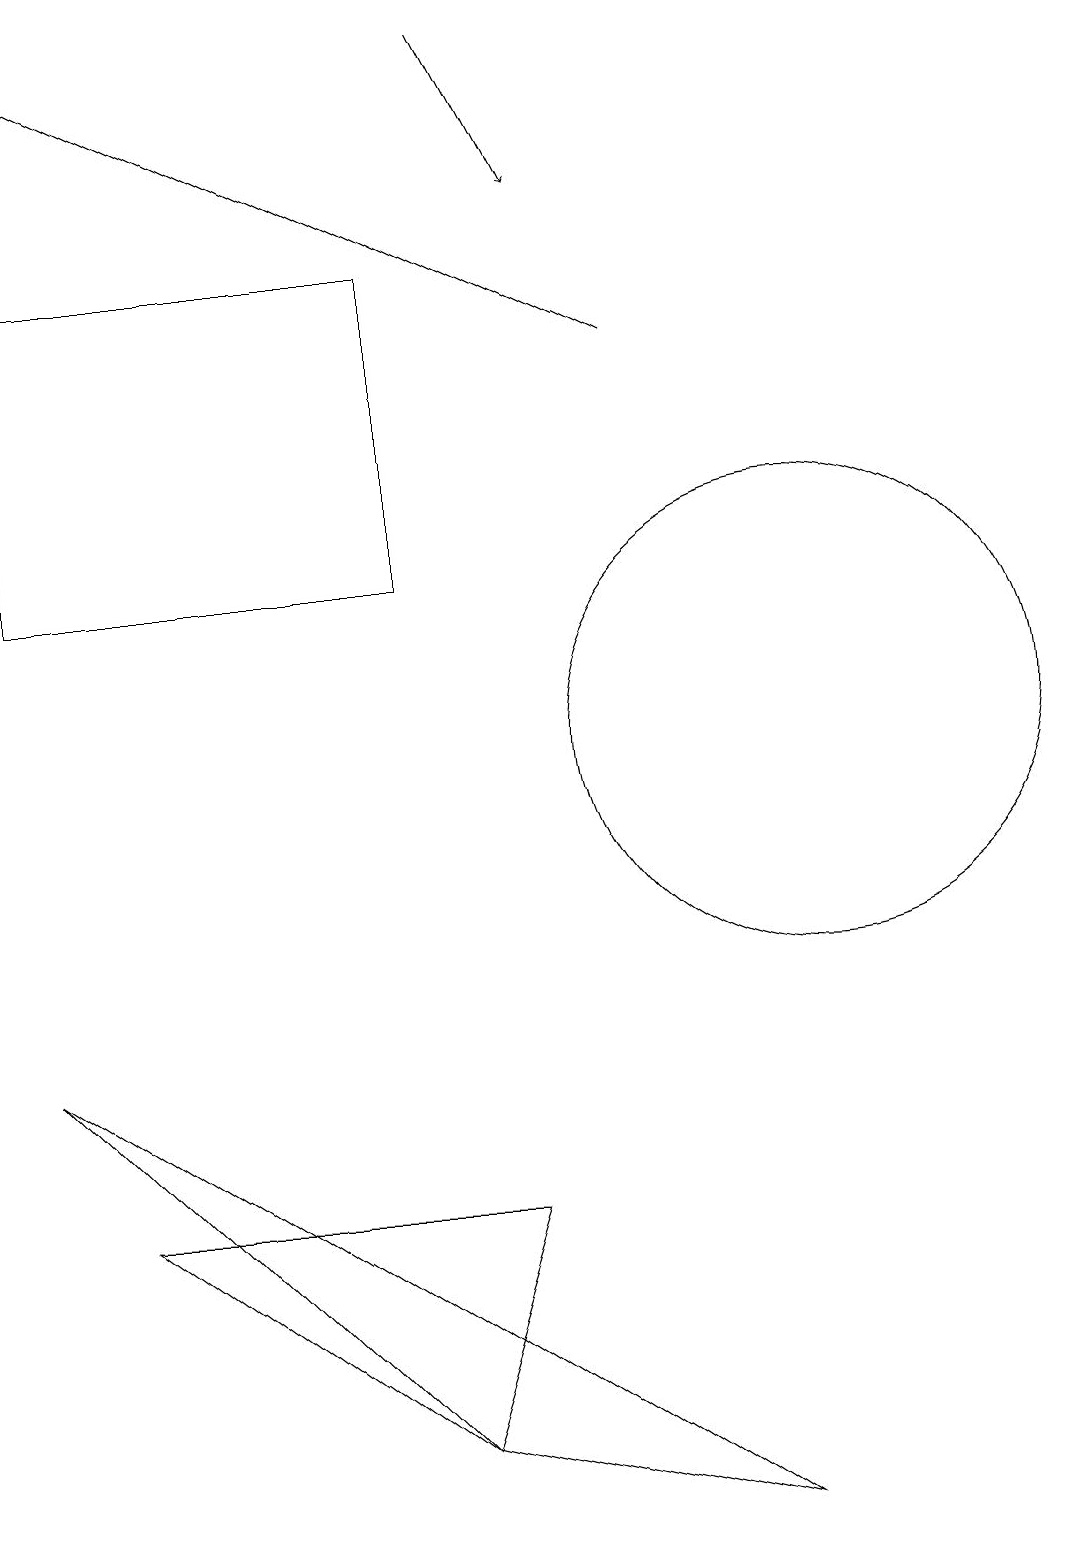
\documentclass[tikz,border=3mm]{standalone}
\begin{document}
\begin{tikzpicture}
\draw (0,12) rectangle (5,16);
\draw (5,1) -- (6,4) -- (1,4) -- cycle;
\draw[->] (8,15) -- (0,19);
\draw[->] (6,19) -- (7,17);
\draw (0,6) -- (9,0) -- (5,1) -- cycle;
\draw (10,10) circle (3);
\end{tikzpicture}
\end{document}